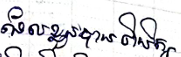
ដែលខ្លួនបានពិនិត្យ